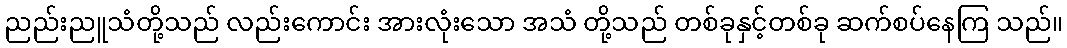
ညည်းညူသံတို့သည် လည်းကောင်း အားလုံးသော အသံ တို့သည် တစ်ခုနှင့်တစ်ခု ဆက်စပ်နေကြ သည်။